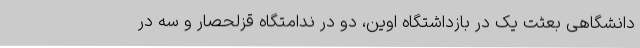
دانشگاهی بعثت یک در بازداشتگاه اوین، دو در ندامتگاه قزلحصار و سه در